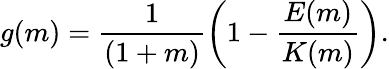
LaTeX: \begin{array}{ccc}{\displaystyle{g(m)=\frac{1}{(1+m)}\bigg(1-\frac{E(m)}{K(m)}\bigg).}}\end{array}